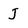
Character: J